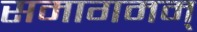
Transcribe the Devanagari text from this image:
समागमम्